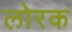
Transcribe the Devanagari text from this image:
लोरक